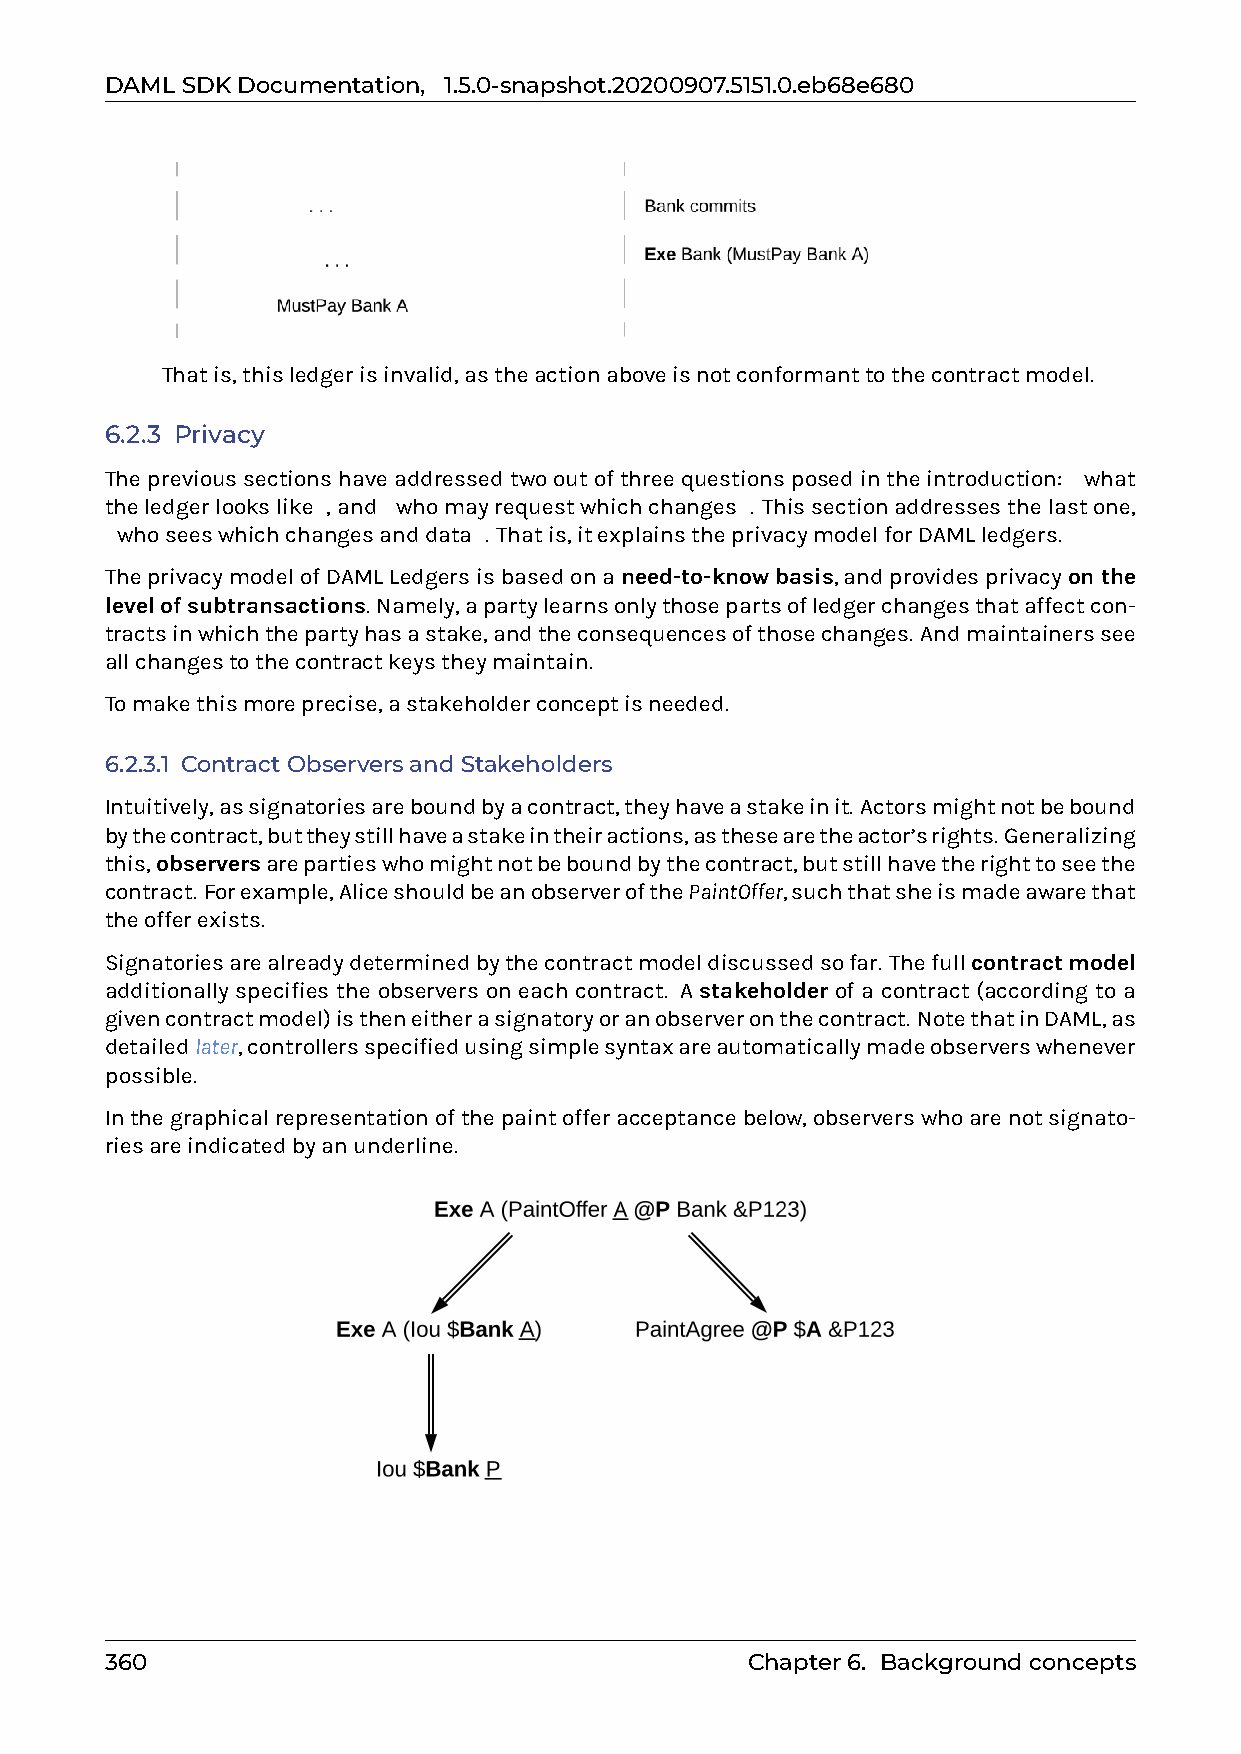
DAMLSDKDocumentation, 1.5.0-snapshot.20200907.5151.0.eb68e680
 Thatis,thisledgerisinvalid,astheactionaboveisnotconformanttothecontractmodel.
 6.2.3 Privacy
 Theprevioussectionshaveaddressedtwooutofthreequestionsposedintheintroduction: 0what
 theledgerlookslike0,and0whomayrequestwhichchanges0. Thissectionaddressesthelastone,
 0whoseeswhichchangesanddata0. Thatis,itexplainstheprivacymodelforDAMLledgers.
 TheprivacymodelofDAMLLedgersisbasedonaneed-to-knowbasis,andprovidesprivacyonthe
 levelofsubtransactions. Namely,apartylearnsonlythosepartsofledgerchangesthataffectcon-
 tractsinwhichthepartyhasastake,andtheconsequencesofthosechanges. Andmaintainerssee
 allchangestothecontractkeystheymaintain.
 Tomakethismoreprecise,astakeholderconceptisneeded.
 6.2.3.1 ContractObserversandStakeholders
 Intuitively,assignatoriesareboundbyacontract,theyhaveastakeinit. Actorsmightnotbebound
 bythecontract,buttheystillhaveastakeintheiractions,asthesearetheactor’srights. Generalizing
 this,observersarepartieswhomightnotbeboundbythecontract,butstillhavetherighttoseethe
 contract. Forexample,AliceshouldbeanobserverofthePaintOffer,suchthatsheismadeawarethat
 theofferexists.
 Signatoriesarealreadydeterminedbythecontractmodeldiscussedsofar. Thefullcontractmodel
 additionally specifies the observers on each contract. A stakeholder of a contract (according to a
 givencontractmodel)istheneitherasignatoryoranobserveronthecontract. NotethatinDAML,as
 detailedlater,controllersspecifiedusingsimplesyntaxareautomaticallymadeobserverswhenever
 possible.
 Inthegraphicalrepresentationofthepaintofferacceptancebelow,observerswhoarenotsignato-
 riesareindicatedbyanunderline.
 360                                       Chapter6. Backgroundconcepts